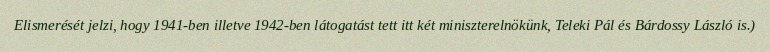
Elismerését jelzi, hogy 1941-ben illetve 1942-ben látogatást tett itt két miniszterelnökünk, Teleki Pál és Bárdossy László is.)